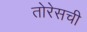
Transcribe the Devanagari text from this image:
तोरेसची